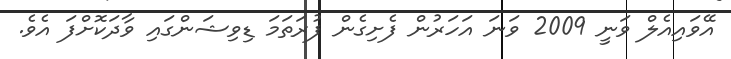
އޭވައިއެލް ވަނީ 2009 ވަނަ އަހަރުން ފެށިގެން ފުރަތަމަ ޑިވިޝަންގައި ވާދަކޮށްފަ އެވެ.